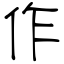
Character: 作